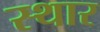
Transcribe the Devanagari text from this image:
स्थार